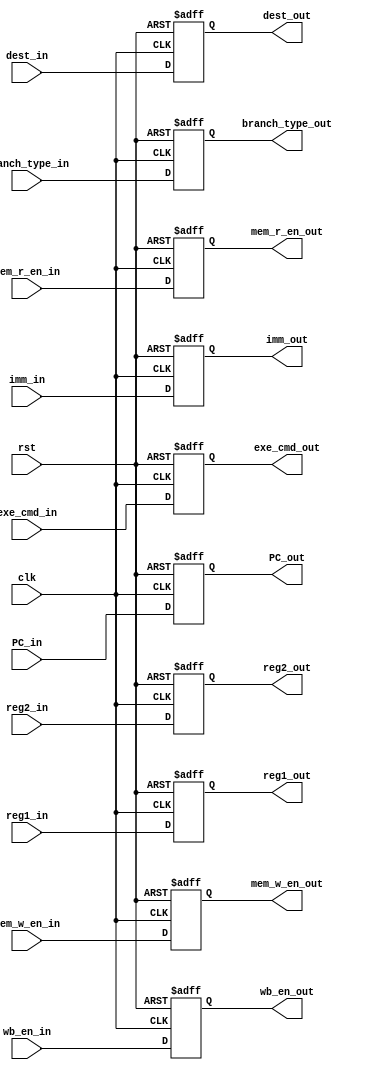
`timescale 1ns/1ns
module ID_stage_reg(
                    input clk,
                    input rst,
                    input [4:0]dest_in,
                    input [31:0]imm_in,
                    input [31:0]reg2_in,
                    input [31:0]reg1_in,
                    input [31:0]PC_in,
                    input [1:0]branch_type_in,
                    input [3:0]exe_cmd_in,
                    input mem_r_en_in,
                    input mem_w_en_in,
                    input wb_en_in,
                    
                    output reg [4:0]dest_out,
                    output reg [31:0]imm_out,
                    output reg [31:0]reg2_out,
                    output reg [31:0]reg1_out,
                    output reg [31:0]PC_out,
                    output reg [1:0]branch_type_out,
                    output reg [3:0]exe_cmd_out,
                    output reg mem_r_en_out,
                    output reg mem_w_en_out,
                    output reg wb_en_out
                    );
always@(posedge clk, posedge rst)begin
	if(rst)begin
        dest_out<=5'b00000;
        imm_out<=32'd0;
        reg2_out<=32'd0;
        reg1_out<=32'd0;
        PC_out<=32'd0;
        branch_type_out<=2'b00;
        exe_cmd_out<=4'b0000;
        mem_r_en_out<=1'b0;
        mem_w_en_out<=1'b0;
        wb_en_out<=1'b0;
	end
	else begin
		    dest_out<=dest_in;
        imm_out<=imm_in;
        reg2_out<=reg2_in;
        reg1_out<=reg1_in;
        PC_out<=PC_in;
        branch_type_out<=branch_type_in;
        exe_cmd_out<=exe_cmd_in;
        mem_r_en_out<=mem_r_en_in;
        mem_w_en_out<=mem_w_en_in;
        wb_en_out<=wb_en_in;
	end
end                    
                                        
endmodule